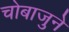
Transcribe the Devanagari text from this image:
चाेबाजुने